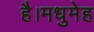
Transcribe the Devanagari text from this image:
है।मधुमेह